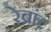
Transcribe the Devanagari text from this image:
रेब्रांट